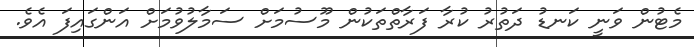
މެޓުން ވަނީ ކަނޑު ދަތުރު ކުރާ ފަރާތްތަކުން މޫސުމަށް ސަމާލުވުމަށް އަންގައިފަ އެވެ.